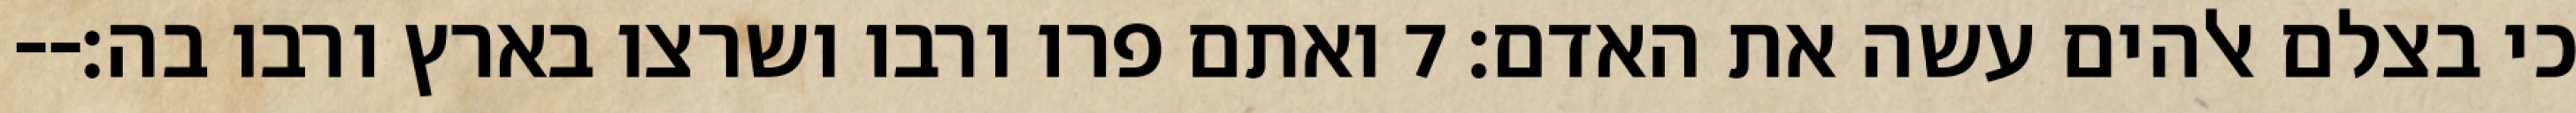
כי בצלם אלהים עשה את האדם׃ ‎7‏ ואתם פרו ורבו ושרצו בארץ ורבו בה׃--